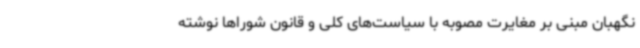
نگهبان مبنی بر مغایرت مصوبه با سیاست‌های کلی و قانون شوراها نوشته